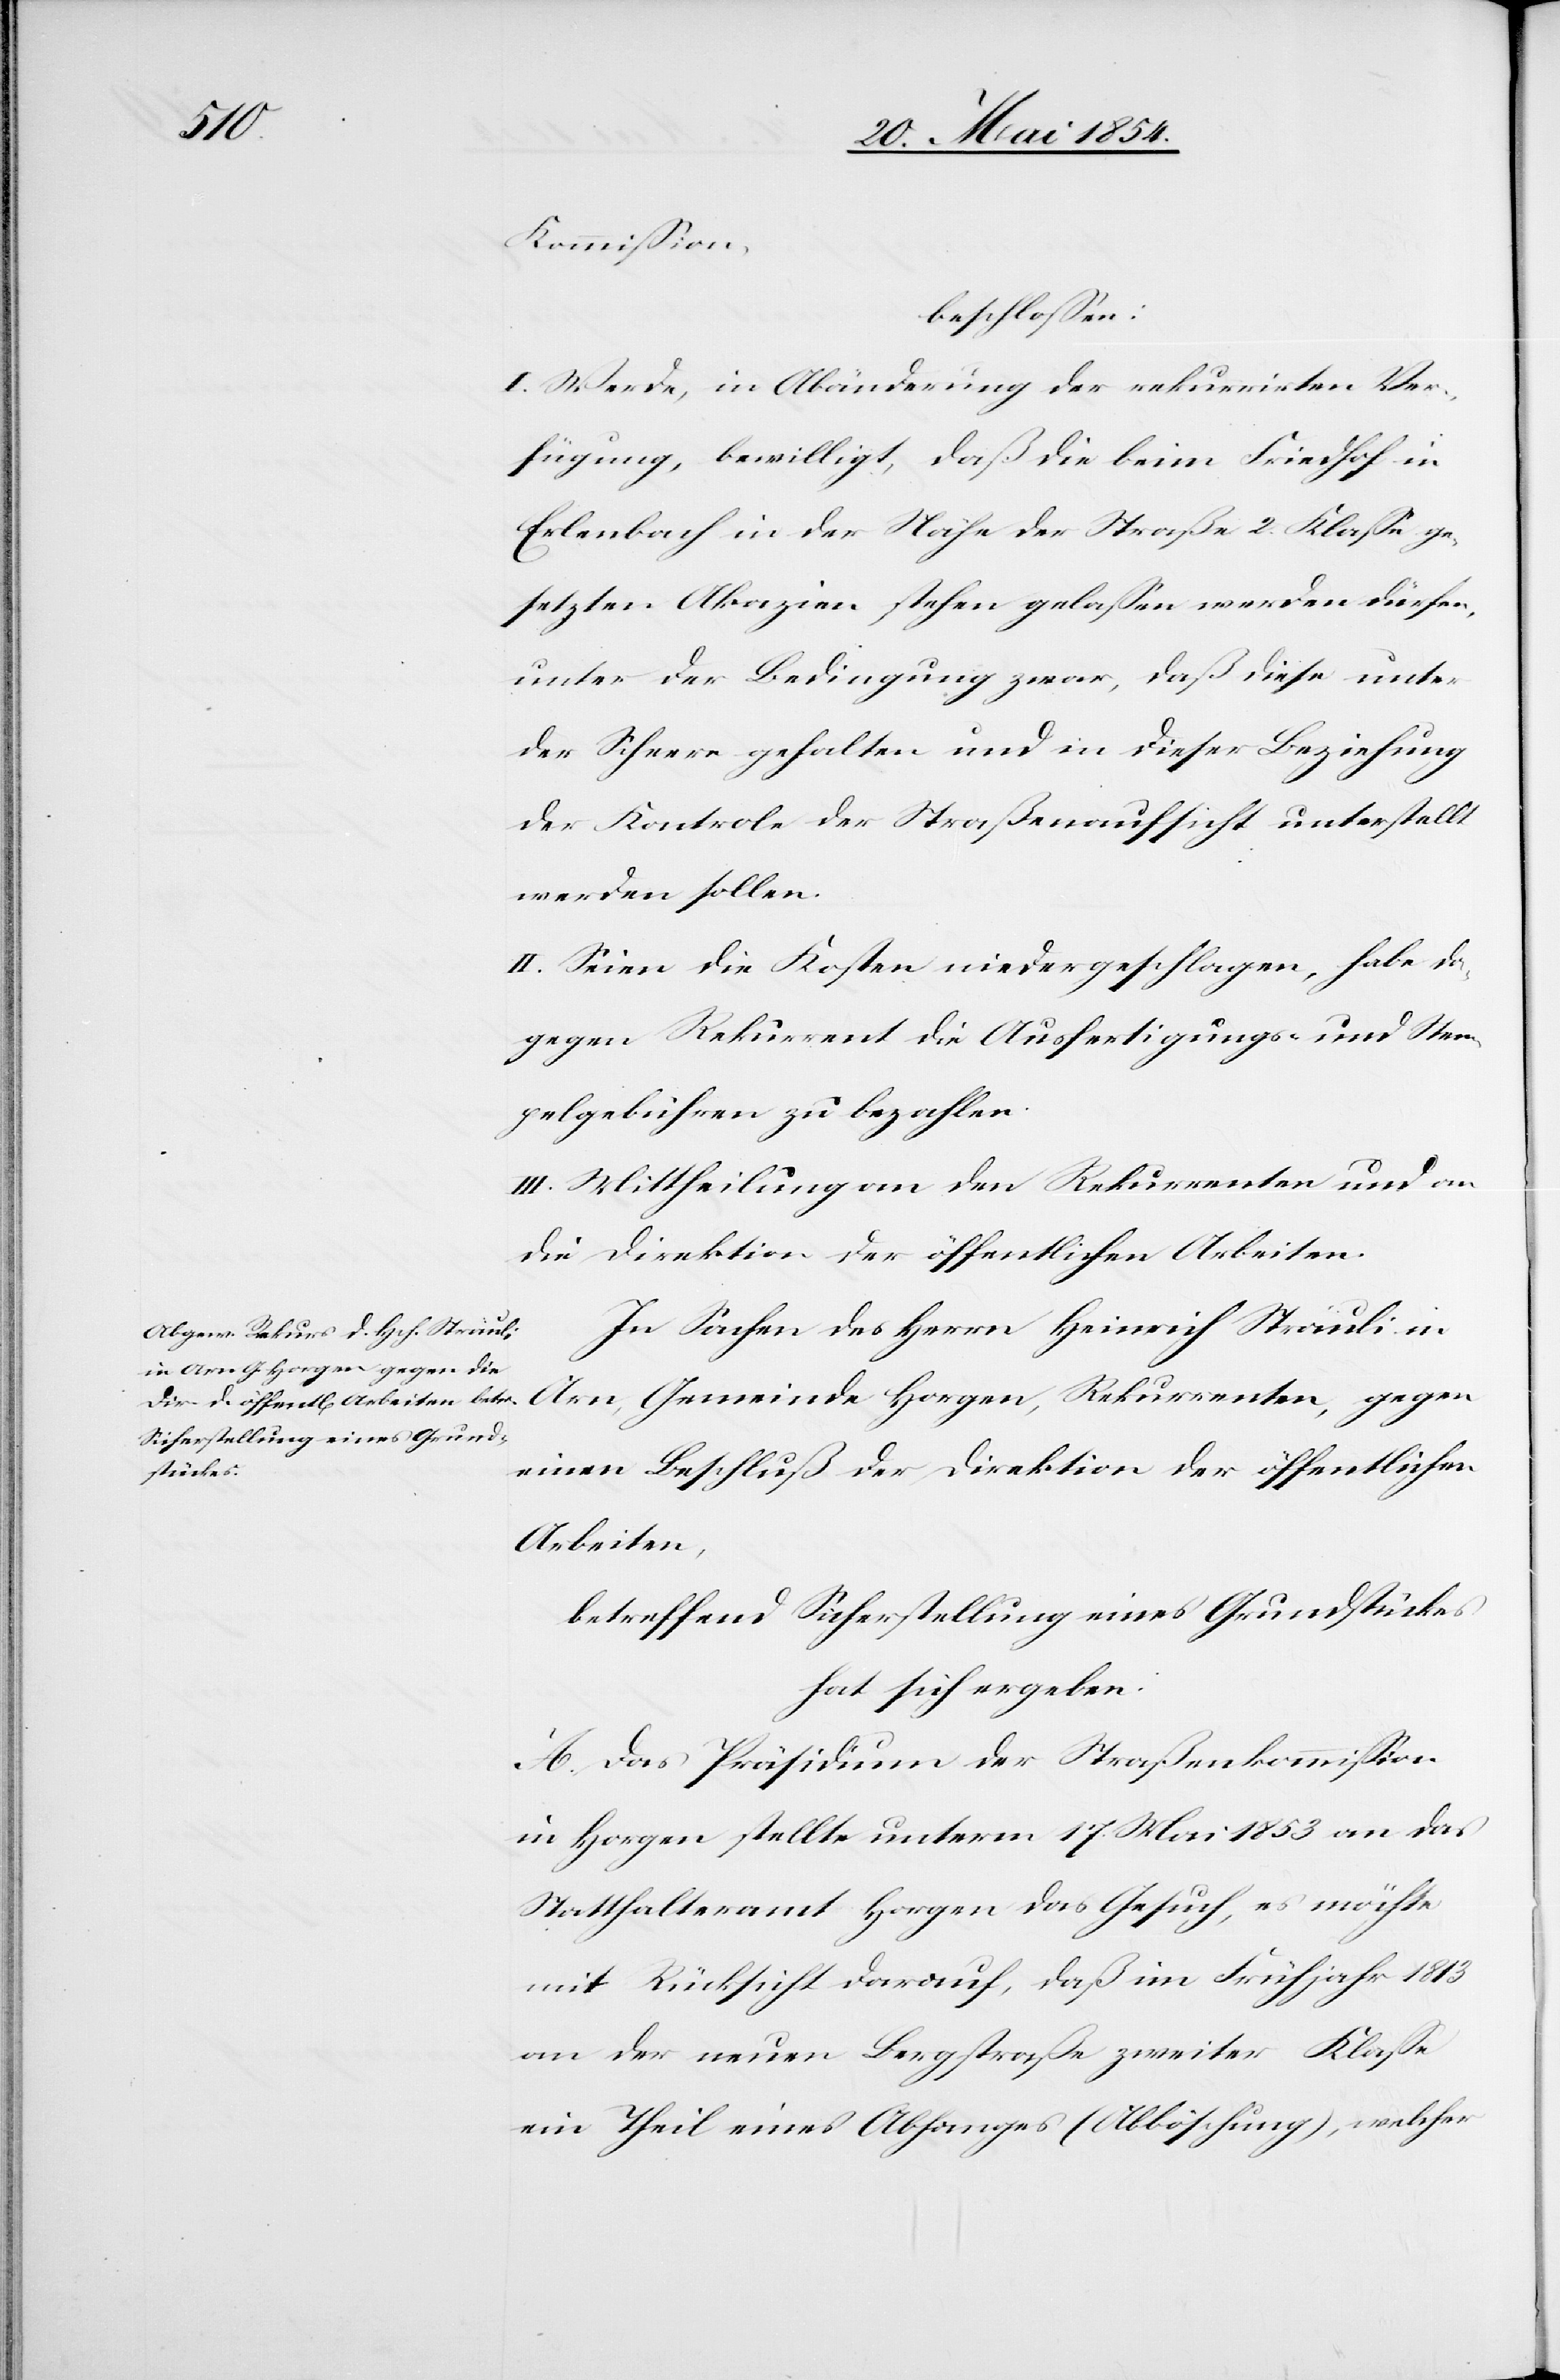
Kommißion,
beschloßen:
I. Werde, in Abänderung der rekurrirten Ver¬
fügung, bewilligt, daß die beim Friedhof in
Erlenbach in der Nähe der Straße 2. Klaße ge¬
setzten Akazien stehen gelaßen werden dürfen,
unter der Bedingung zwar, daß diese unter
der Scheere gehalten und in dieser Beziehung
der Kontrole der Straßenaufsicht unterstellt
werden sollen.
II. Seien die Kosten niedergeschlagen, habe da¬
gegen Rekurrent die Ausfertigungs- und Stem¬
pelgebühren zu bezahlen.
III. Mittheilung an den Rekurrenten und an
die Direktion der öffentlichen Arbeiten.
In Sachen des Herrn Heinrich Sträuli in
Arn, Gemeinde Horgen, Rekurrenten, gegen
einen Beschluß der Direktion der öffentlichen
Arbeiten,
betreffend Sicherstellung eines Grundstückes
hat sich ergeben:
A. Das Präsidium der Straßenkommißion
in Horgen stellte unterm 17. Mai 1853 an das
Statthalteramt Horgen das Gesuch, es möchte
mit Rücksicht darauf, daß im Frühjahr 1813
an der neuen Bergstraße zweiter Klaße
ein Theil eines Abhanges (Abböschung), welcher